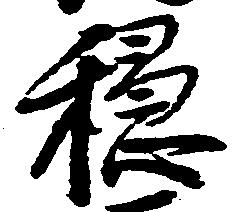
穏